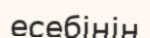
есебінін